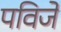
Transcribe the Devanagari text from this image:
पविजे